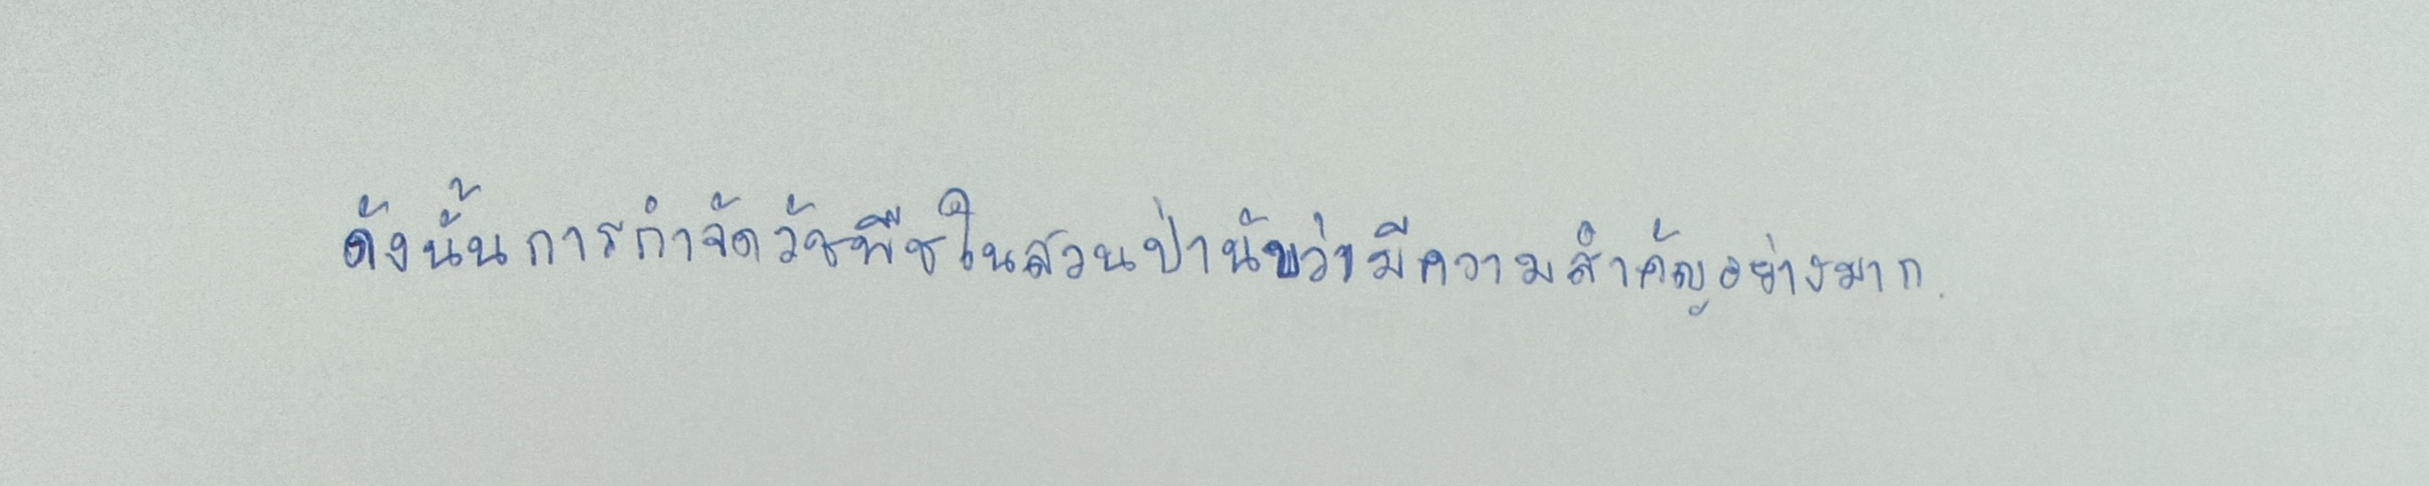
ดังนั้นการกำจัดวัชพืชในสวนป่านับว่ามีความสำคัญอย่างมาก